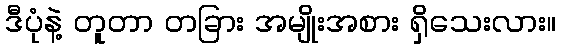
ဒီပုံနဲ့ တူတာ တခြား အမျိုးအစား ရှိသေးလား။